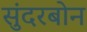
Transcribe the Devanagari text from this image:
सुंदरबोन